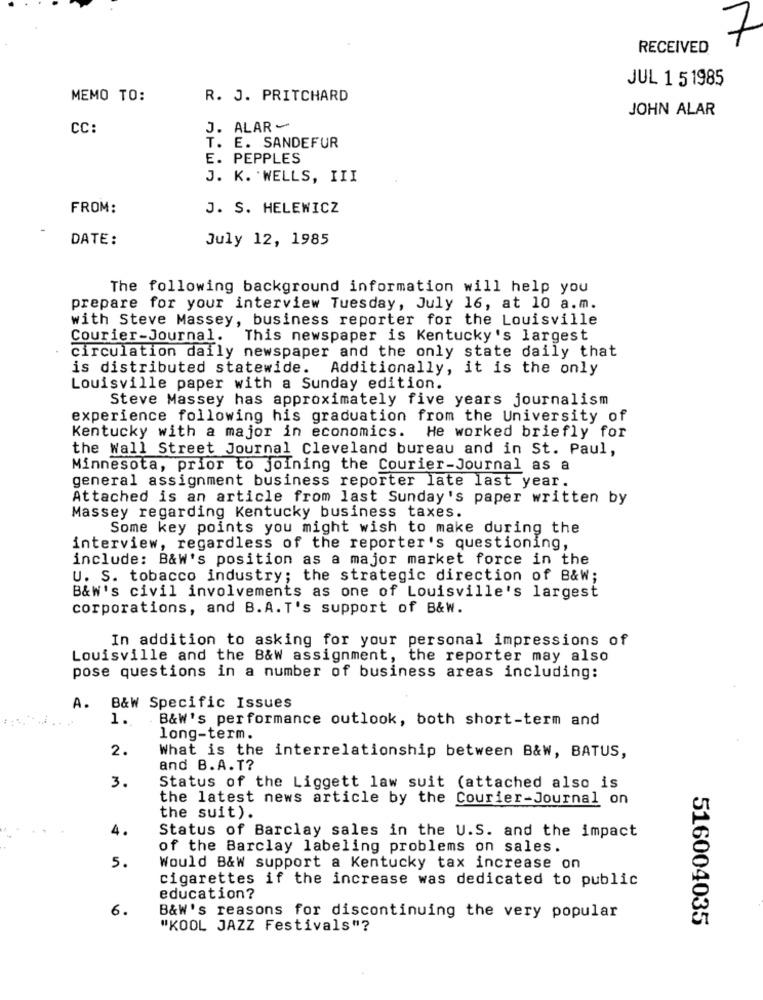
7
RECEIVED
JUL 1 5 1985
MEMO TO:
R. J. PRITCHARD
JOHN ALAR
CC:
J. ALAR -
T. E. SANDEFUR
E. PEPPLES
J. K. WELLS, III
FROM:
J. S. HELEWICZ
DATE:
July 12, 1985
The following background information will help you
prepare for your interview Tuesday, July 16, at 10 a.m.
with Steve Massey, business reporter for the Louisville
Courier-Journal. This newspaper is Kentucky's largest
circulation daily newspaper and the only state daily that
is distributed statewide.
Additionally, it is the only
Louisville paper with a Sunday edition.
Steve Massey has approximately five years journalism
experience following his graduation from the University of
Kentucky with a major in economics. He worked briefly for
the Wall Street Journal Cleveland bureau and in St. Paul,
Minnesota, prior to joining the Courier-Journal as a
general assignment business reporter late last year.
Attached is an article from last Sunday's paper written by
Massey regarding Kentucky business taxes.
Some key points you might wish to make during the
interview, regardless of the reporter's questioning,
include: B&W's position as a major market force in the
U. S. tobacco industry; the strategic direction of B&W;
B&W's civil involvements as one of Louisville's largest
corporations, and B. A. T's support of B&W.
In addition to asking for your personal impressions of
Louisville and the B&W assignment, the reporter may also
pose questions in a number of business areas including:
A. B&W Specific Issues
1.
B&W's performance outlook, both short-term and
long-term.
2.
What is the interrelationship between B&W, BATUS,
and B.A.T?
3.
Status of the Liggett law suit (attached also is
the latest news article by the Courier-Journal on
the suit).
4.
Status of Barclay sales in the U.S. and the impact
of the Barclay labeling problems on sales.
5.
Would B&W support a Kentucky tax increase on
cigarettes if the increase was dedicated to public
education?
6.
B&W's reasons for discontinuing the very popular
516004035
"KOOL JAZZ Festivals"?